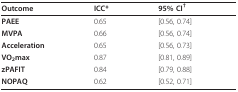
| Outcome | ICC* | 95% CI† |
 | --- | --- | --- |
 | PAEE | 0.65 | [0.56, 0.74] |
 | MVPA | 0.66 | [0.56, 0.74] |
 | Acceleration | 0.65 | [0.56, 0.73] |
 | VO2max | 0.87 | [0.81, 0.89] |
 | zPAFIT | 0.84 | [0.79, 0.88] |
 | NOPAQ | 0.62 | [0.52, 0.71] |